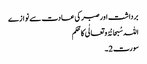
برداشت اور صبر کی عادت سے نوازے
اللہ سُبحانُہُ و تعالٰی کا حُکم
سورت 2 ۔